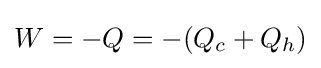
W=-Q=-(Q_{c}+Q_{h})